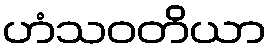
ဟံသဝတိယာ